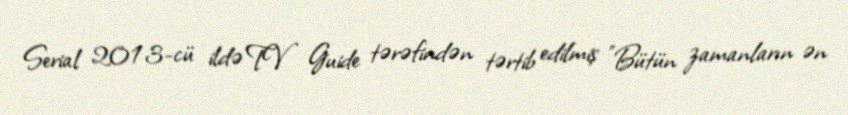
Serial 2013-cü ildə TV Guide tərəfindən tərtib edilmiş "Bütün zamanların ən